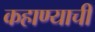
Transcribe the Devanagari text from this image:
कहाण्याची